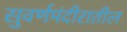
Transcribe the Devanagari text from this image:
सुवर्णमंदीरातील